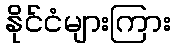
နိုင်ငံများကြား